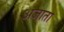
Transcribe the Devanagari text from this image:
अजाता